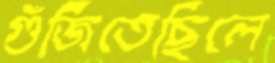
গুঁজিতেছিলে